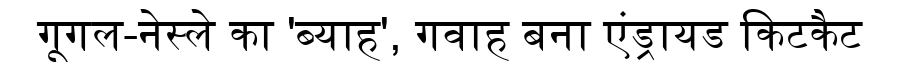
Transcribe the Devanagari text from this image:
गूगल-नेस्ले का 'ब्याह', गवाह बना एंड्रायड किटकैट